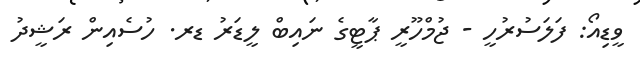
ވީޑިއޯ: ފަލަސުރުހީ - ޖުމްހޫރީ ޕާޓީގެ ނައިބް ލީޑަރު ޑރ. ހުސެއިން ރަޝީދު